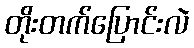
တိုးတက်ပြောင်းလဲ